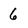
Character: 6